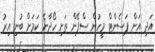
އަދި އަށް ޕަސެންޓް މީހުން ސްޕޭން ތަށި ހޯދާނެ ކަމަށް ބުނި އިރު